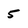
Character: 5